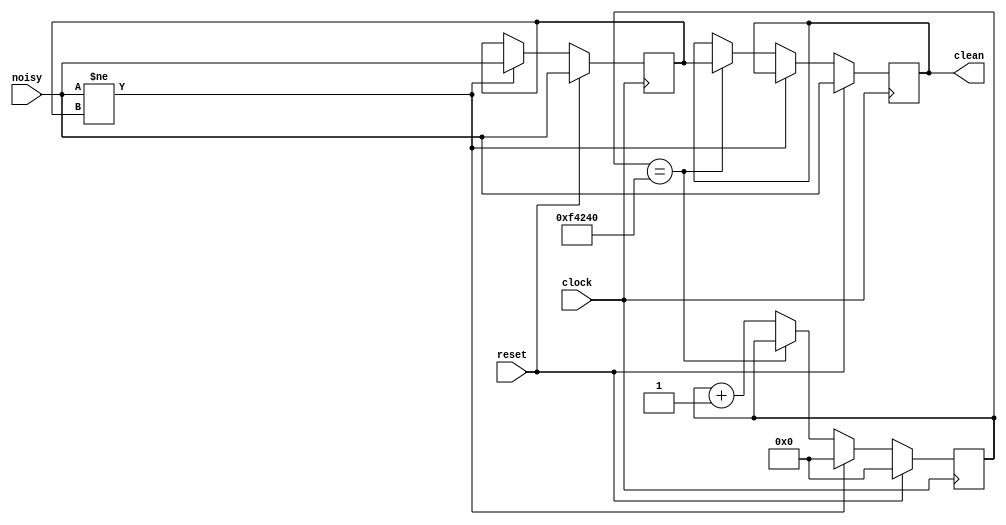
// Switch Debounce Module
// use your system clock for the clock input
// to produce a synchronous, debounced output
module debounce #(parameter DELAY=1000000)   // .01 sec with a 100Mhz clock
	        (input reset, clock, noisy,
	         output reg clean);

   reg [19:0] count;
   reg new;

   always @(posedge clock)
     if (reset)
       begin
	  count <= 0;
	  new <= noisy;
	  clean <= noisy;
       end
     else if (noisy != new)
       begin
	  new <= noisy;
	  count <= 0;
       end
     else if (count == DELAY)
       clean <= new;
     else
       count <= count+1;
      
endmodule